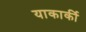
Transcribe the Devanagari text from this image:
याकार्की